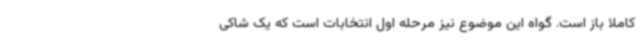
کاملا باز است. گواه این موضوع نیز مرحله اول انتخابات است که یک شاکی